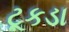
ટૂકડા